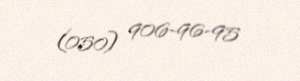
(050) 906-96-95